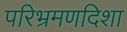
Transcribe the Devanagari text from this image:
परिभ्रमणदिशा